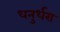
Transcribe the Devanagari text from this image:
धनुर्धरा